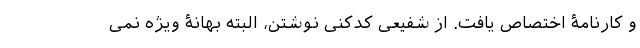
و کارنامۀ اختصاص یافت. از شفیعی کدکنی نوشتن، البته بهانۀ ویژه نمی